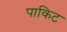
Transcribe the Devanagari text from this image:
पाकिट